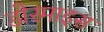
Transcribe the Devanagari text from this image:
डोरमाइस